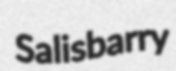
Salisbarry